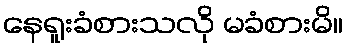
နေရူးခံစားသလို မခံစားမိ။